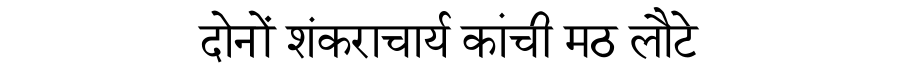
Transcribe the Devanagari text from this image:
दोनों शंकराचार्य कांची मठ लौटे